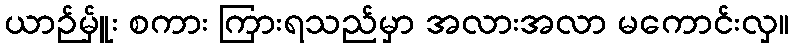
ယာဉ်မ်ှူး စကား ကြားရသည်မှာ အလားအလာ မကောင်းလှ။